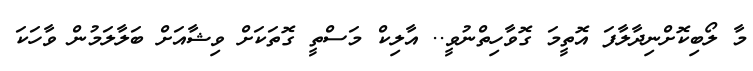
މާ ލޯބިކޮށްނިދާލާފަ އޮތީމަ ގޮވާހިތްނުވީ.. އާލިކް މަސްތީ ގޮތަކަށް ވިޝާއަށް ބަލާލަމުން ވާހަކަ